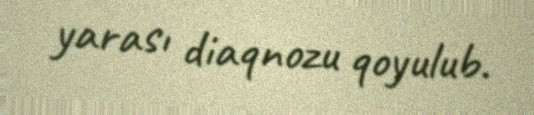
yarası diaqnozu qoyulub.